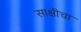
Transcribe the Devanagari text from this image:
साक्षीचा